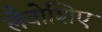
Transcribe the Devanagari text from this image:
लैवोशिए